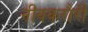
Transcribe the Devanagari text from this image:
नीवकरौरी